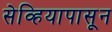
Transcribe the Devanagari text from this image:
सेव्हियापासून